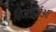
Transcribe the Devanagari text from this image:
डिजॉर्जिओ